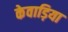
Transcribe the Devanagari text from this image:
केवाड़िया